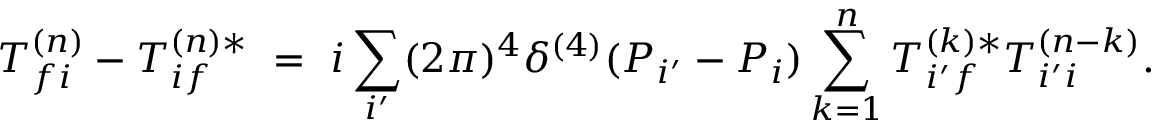
T _ { f i } ^ { ( n ) } - T _ { i f } ^ { ( n ) * } \ = \ i \sum _ { i ^ { \prime } } ( 2 \pi ) ^ { 4 } \delta ^ { ( 4 ) } ( P _ { i ^ { \prime } } - P _ { i } ) \sum _ { k = 1 } ^ { n } T _ { i ^ { \prime } f } ^ { ( k ) * } T _ { i ^ { \prime } i } ^ { ( n - k ) } .